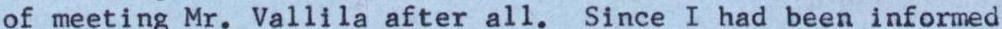
of meeting Mr. Vallila after all. Since I had been informed